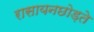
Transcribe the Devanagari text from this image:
रासायनछोड़ते